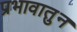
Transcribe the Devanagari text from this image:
प्रभावातुन